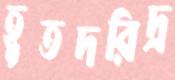
হূতদরিদ্র